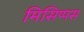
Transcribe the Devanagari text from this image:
मिसिप्पस